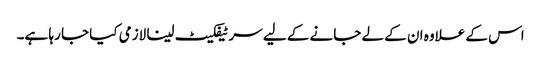
اس کے علاوہ ان کے لے جانے کے لیے سرٹیفکیٹ لینا لازمی کیا جا رہا ہے۔